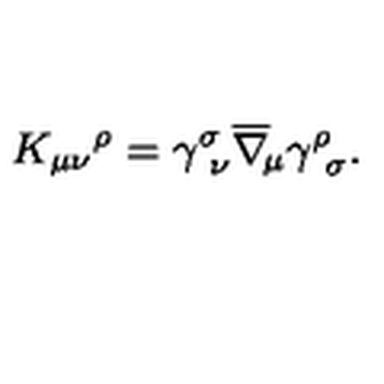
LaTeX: K _ { \mu \nu } { ^ \rho } = \gamma _ { \ \nu } ^ { \sigma } \overline { \nabla } _ { \! \mu } \gamma _ { \ \sigma } ^ { \rho } .